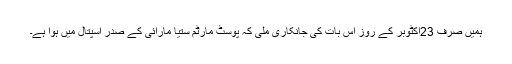
ہمیں صرف 23اکٹوبر کے روز اس بات کی جانکاری ملی کہ پوسٹ مارٹم ستیا مارائی کے صدر اسپتال میں ہوا ہے۔